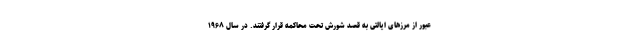
عبور از مرزهای ایالتی به قصد شورش تحت محاکمه قرار گرفتند. در سال ۱۹۶۸